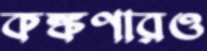
কঙ্কণারও